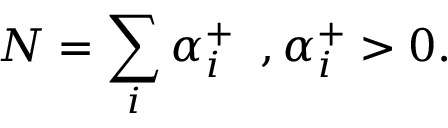
N = \sum _ { i } \alpha _ { i } ^ { + } \; \; , \alpha _ { i } ^ { + } > 0 .